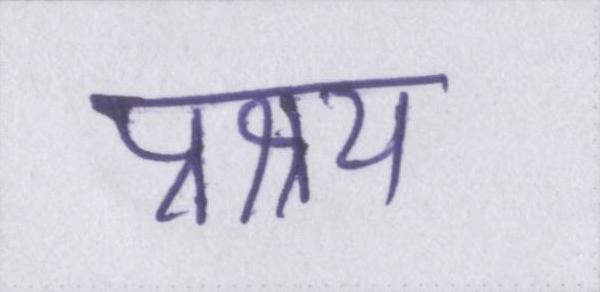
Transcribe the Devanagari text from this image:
प्रश्रय